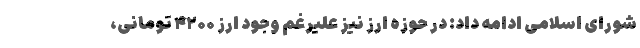
شورای اسلامی ادامه داد: در حوزه ارز نیز علیرغم وجود ارز ۴۲۰۰ تومانی،